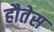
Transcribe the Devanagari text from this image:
हौतेस